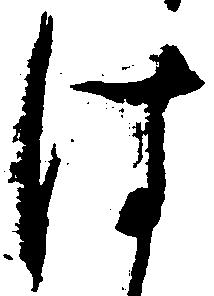
は